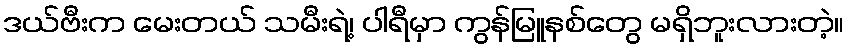
ဒယ်ဗီးက မေးတယ် သမီးရဲ့၊ ပါရီမှာ ကွန်မြူနစ်တွေ မရှိဘူးလားတဲ့။